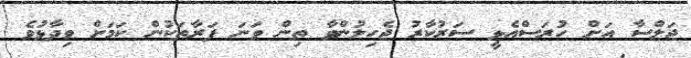
ޖަލްސާ އަށް ހުރަސްއެޅީ ސަރުކާރު ޖެހިލުންވާ ތިން ވަނަ ފަރާތަކުން ކަމަށް ވިދާޅުވެ